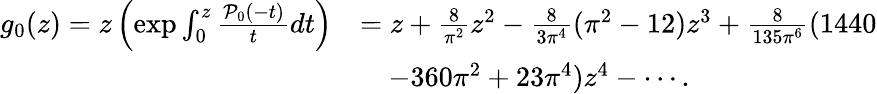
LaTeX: \begin{array}{rl}{g_{0}(z)=z\left(\exp\int_{0}^{z}\frac{\mathcal{P}_{0}(-t)}{t}dt\right)}&{=z+\frac{8}{\pi^{2}}z^{2}-\frac{8}{3\pi^{4}}(\pi^{2}-12)z^{3}+\frac{8}{135\pi^{6}}(1440}\\ &{\quad-360\pi^{2}+23\pi^{4})z^{4}-\cdots.}\end{array}